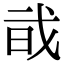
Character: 𢦱